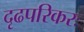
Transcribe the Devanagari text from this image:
दृढपरिकरः